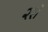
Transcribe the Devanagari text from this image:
२रॉ